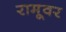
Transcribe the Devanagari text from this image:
रामूवर